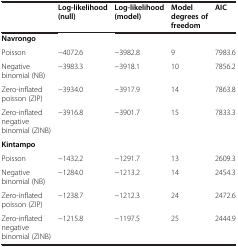
<table><thead><tr><td><b> </b></td><td><b>Log-likelihood (null)</b></td><td><b>Log-likelihood (model)</b></td><td><b>Model degrees of freedom</b></td><td><b>AIC</b></td></tr></thead><tbody><tr><td><b>Navrongo</b></td><td> </td><td> </td><td> </td><td> </td></tr><tr><td>Poisson</td><td>−4072.6</td><td>−3982.8</td><td>9</td><td>7983.6</td></tr><tr><td>Negative binomial (NB)</td><td>−3983.3</td><td>−3918.1</td><td>10</td><td>7856.2</td></tr><tr><td>Zero-inflated poisson (ZIP)</td><td>−3934.0</td><td>−3917.9</td><td>14</td><td>7863.8</td></tr><tr><td>Zero-inflated negative binomial (ZINB)</td><td>−3916.8</td><td>−3901.7</td><td>15</td><td>7833.3</td></tr><tr><td><b>Kintampo</b></td><td> </td><td> </td><td> </td><td> </td></tr><tr><td>Poisson</td><td>−1432.2</td><td>−1291.7</td><td>13</td><td>2609.3</td></tr><tr><td>Negative binomial (NB)</td><td>−1284.0</td><td>−1213.2</td><td>14</td><td>2454.3</td></tr><tr><td>Zero-inflated poisson (ZIP)</td><td>−1238.7</td><td>−1212.3</td><td>24</td><td>2472.6</td></tr><tr><td>Zero-inflated negative binomial (ZINB)</td><td>−1215.8</td><td>−1197.5</td><td>25</td><td>2444.9</td></tr></tbody></table>